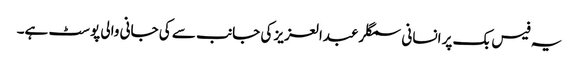
یہ فیس بک پر انسانی سمگلر عبدالعزیز کی جانب سے کی جانی والی پوسٹ ہے۔